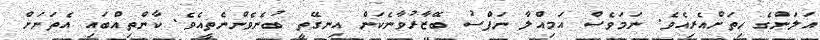
އަލަންގެ ހިތަށްއެރިއެވެ. ނަމަވެސް އަމިއްލާ ނަފްސު ބޭޒާރުވާނެކަން އިނގޭތީ ބުނެވެންނެތީއެވެ. ކާންތިއްބައި އެތަނަށް